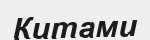
Китами